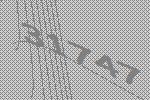
31747